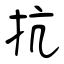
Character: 抗